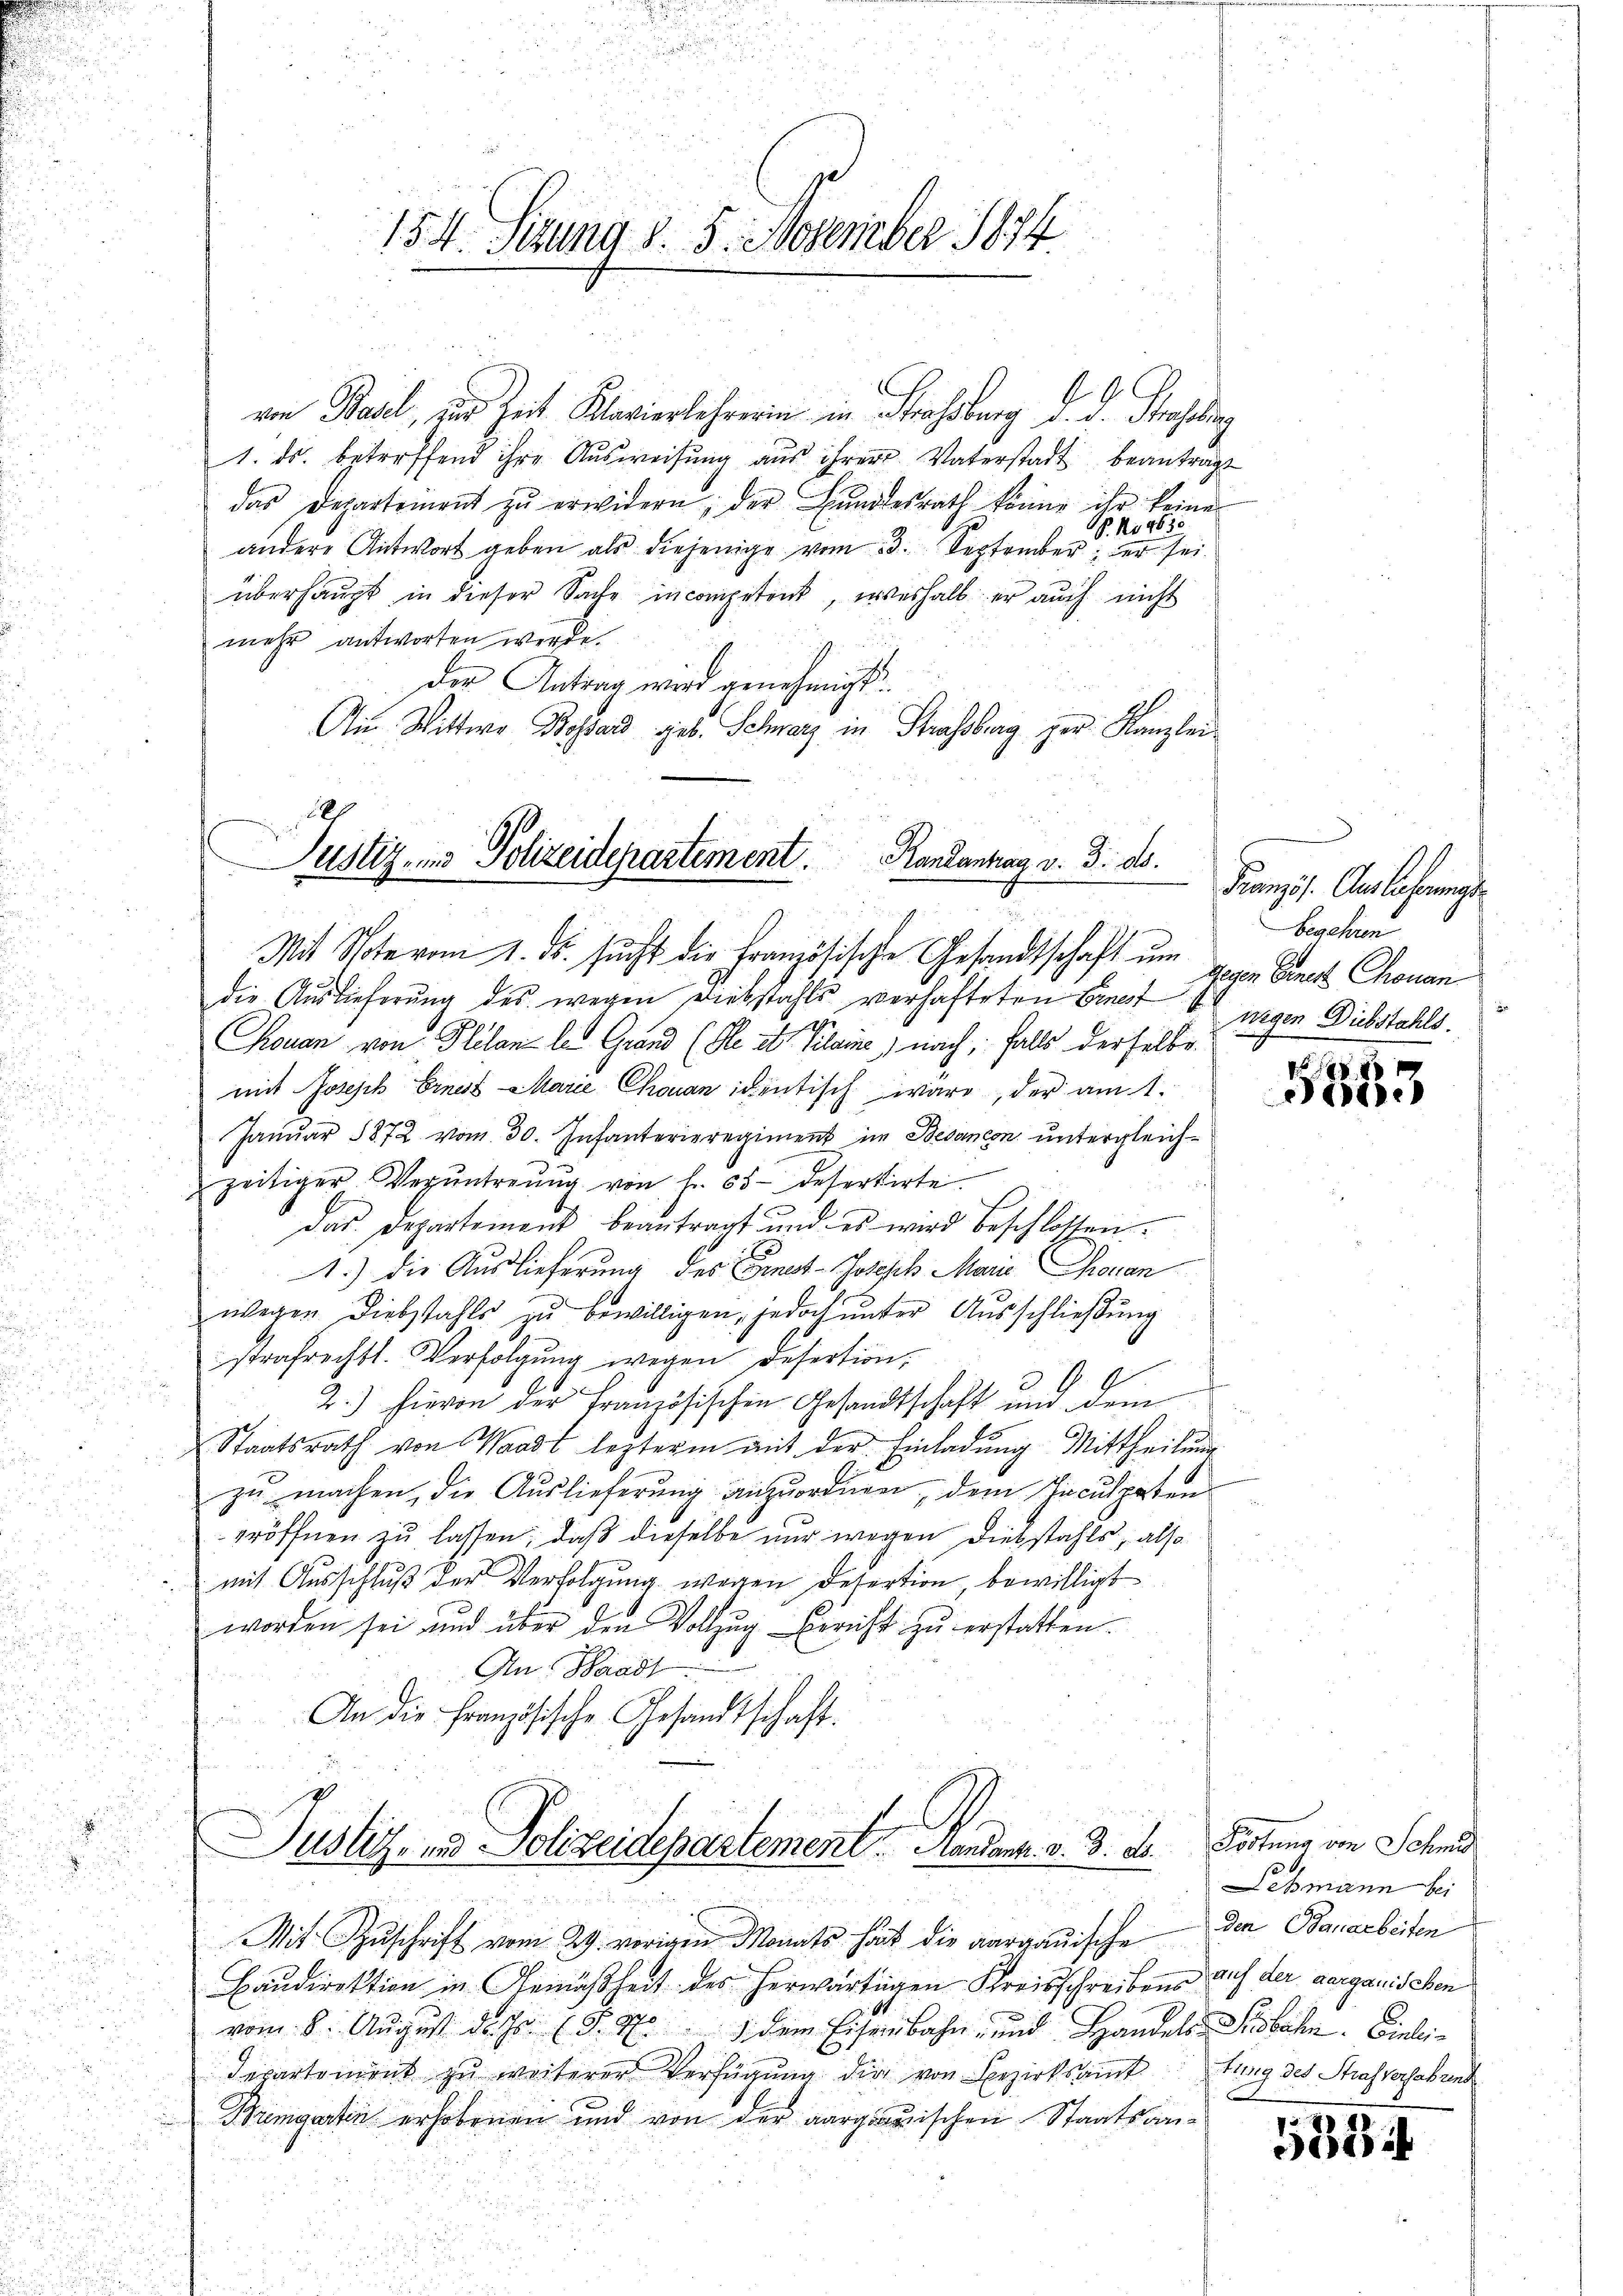
154. Sedung v. 5. November 1874

von Basel, und Zeit Klavierlehrerin in Strassburg d. d. Stahelung
1. ds. betreffend ihre Ausweisung aus ihrer Vaterstadt beantragt
das Departement zŭ erwidern, der Bŭndesrath könne ihr keine
 No 4630
andere Antwort geben als diejenige vom 3. September; er sei
überhaupt in dieser Sache incompetent, weshalb er auch nicht
mehr antworten werde.
der Antrag wird genehmigt.
An Wittwe Bossard geb. Schwarz in Strassberg her Kanzlei

180
Randantrag v. d. d.
Justiz- und Polizeidepartement.
Mit Note vom 1. ds. sucht die Französische Gesandtschaft um gegen Gener Chonan

die Auslieferŭng des wegen Diebstahls verhafteten Einer 4 wegen Diebstahls.
Touan von Plilan les Grand (Ple et Plaine nach, falls derselbe
mit Joseph Ernest Marie Chouan identisch wäre, der am 1.
Janŭar 1872 vom 30. Infanterieregiment im Besanen untergleichzeitiger Verŭntreŭng von Fr. 55 defertirte.
Das Departement beantragt und es wird beschlossen.
1.) Die Auslieferung des Ernst-Joseph Marie Grouan
wegen Diebstahls zu bewilligen, jedoch unter Ausschließung
strafrechts. Verfolgung wegen Desertion,
4
2.) Hievon der Französischen Gesandtschaft und dem
Staatsrath von Waadt lezterm mit der Einladung Mittheilung
zu machen, die Auslieferung anzuordnen, dem Inculpaten
eröffnen zu lassen, daß dieselbe nur wegen Diebstahls, also
mit Ausschluß der Verfolgung wegen Detertion, bewilligt
worden sei und über den Vollzŭg Bericht zŭ erstatten.
An Waadt
An die französische Gesandtschaft.
Justiz- und Polizeidepartement. Handenz. v. 3. d. Portung von Schmid
Mit Zŭschrift vom 29. vorigen Monats hört die aargauische den Bauarbeiten
Baudirektion in Gemäßheit des herwärtigen Kreisschreibens auf der aargauischen
vom 8. Aŭgust d. Js. (S. 701 dem Eisenbahn- und Handels Stobahn. Vieleidepartement zŭ weiterer Verfügŭng die von Bezirksamt fung des Strafverfahrend
Bremgartin erhobenen und von der aargauischen Staatsan¬

Französ. Auslehrungs
begehren

5883

Lehmann bei

185/